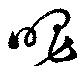
唱